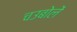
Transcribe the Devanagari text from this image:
चउबोलें